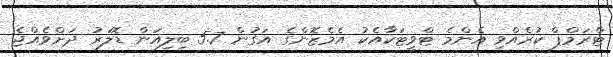
ޓްރަމްޕް ކުރެއްވި އެންމެ ޓްވީޓަކާއެކު އެމެޒޮންގެ އަގުން 5.7 ބިލިއަން ޑޮލަރު ދަށްވެއްޖެ